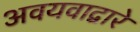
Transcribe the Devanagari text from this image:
अवयवाद्वारे